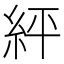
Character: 𮈈